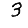
Digit: 3